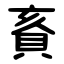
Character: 賌